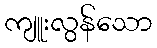
ကျူးလွန်သော